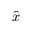
\hat { x }